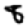
Digit: 8